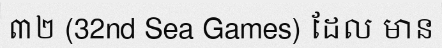
៣២ (32nd Sea Games) ដែល មាន